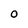
Character: 0